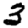
Digit: 3